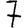
Digit: 7